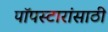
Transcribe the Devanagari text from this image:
पॉपस्टारांसाठी